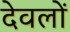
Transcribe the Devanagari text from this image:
देवलों